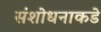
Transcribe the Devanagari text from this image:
संशोधनाकडे